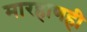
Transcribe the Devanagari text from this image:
मारहाणही